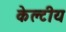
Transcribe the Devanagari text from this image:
केल्टीय